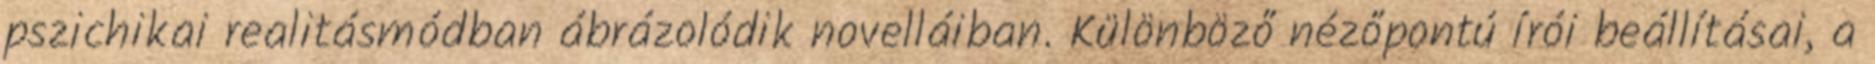
pszichikai realitásmódban ábrázolódik novelláiban. Különböző nézőpontú írói beállításai, a